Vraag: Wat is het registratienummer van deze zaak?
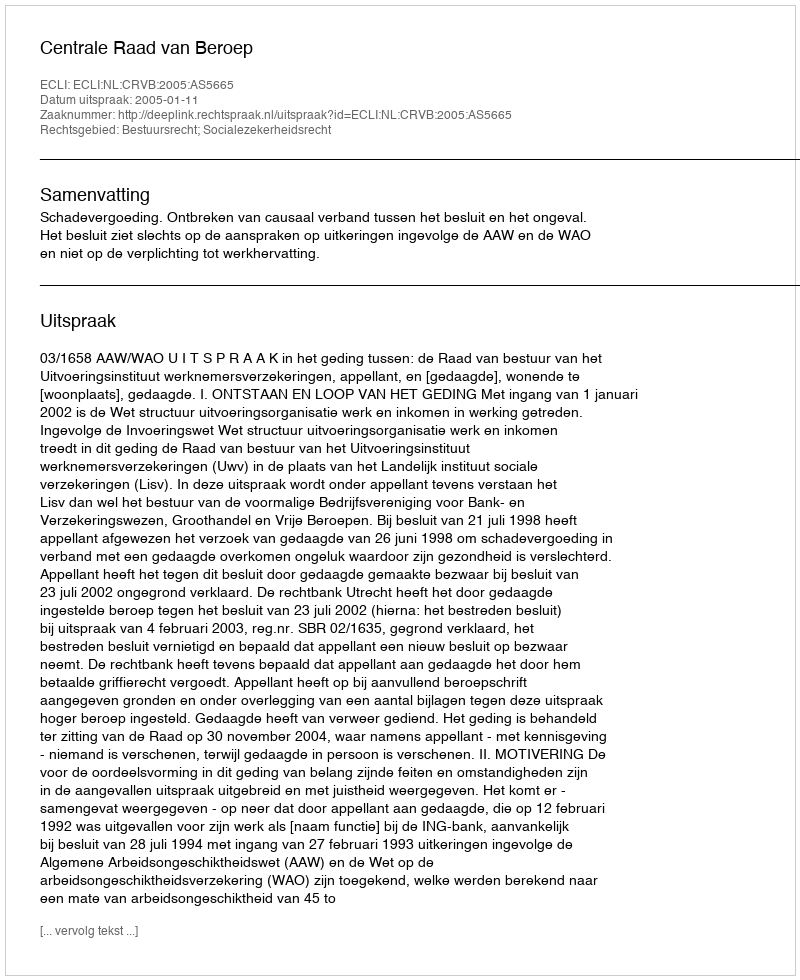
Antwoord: http://deeplink.rechtspraak.nl/uitspraak?id=ECLI:NL:CRVB:2005:AS5665